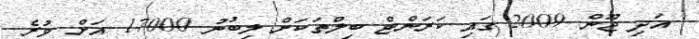
އަދި ޖޫން 2009 ގައި ކަރަންޓް ބިލްތަކަށް ލިބުނު 17000 އަށް ވުރެ